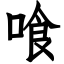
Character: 喰